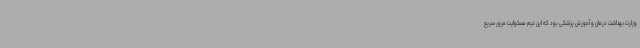
وزارت بهداشت درمان و آموزش پزشکی بود که این تیم مسئولیت مرور سریع